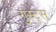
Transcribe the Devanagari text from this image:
गुस्ट्स